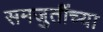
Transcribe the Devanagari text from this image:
समजुतींच्या